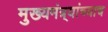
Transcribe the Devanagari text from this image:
मुख्यमंत्र्यांच्याच